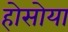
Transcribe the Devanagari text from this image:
होसोया